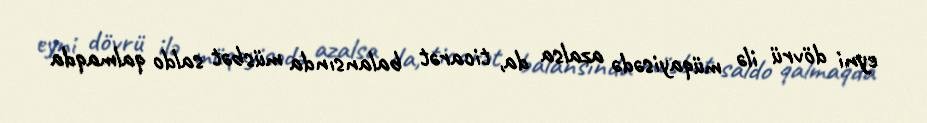
eyni dövrü ilə müqayisədə azalsa da, ticarət balansında müsbət saldo qalmaqda